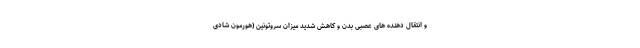
و انتقال دهنده های عصبی بدن و کاهش شدید میزان سروتونین (هورمون شادی